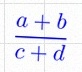
\frac{a+b}{c+d}